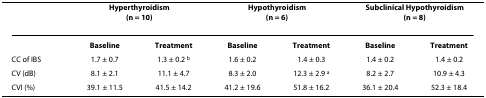
<table><thead><tr><td></td><td colspan="2"><b>Hyperthyroidism(n = 10)</b></td><td colspan="2"><b>Hypothyroidism(n = 6)</b></td><td colspan="2"><b>Subclinical Hypothyroidism(n = 8)</b></td></tr></thead><tbody><tr><td></td><td><b>Baseline</b></td><td><b>Treatment</b></td><td><b>Baseline</b></td><td><b>Treatment</b></td><td><b>Baseline</b></td><td><b>Treatment</b></td></tr><tr><td>CC of IBS</td><td>1.7 ± 0.7</td><td>1.3 ± 0.2 <sup>b</sup></td><td>1.6 ± 0.2</td><td>1.4 ± 0.3</td><td>1.4 ± 0.2</td><td>1.4 ± 0.2</td></tr><tr><td>CV (dB)</td><td>8.1 ± 2.1</td><td>11.1 ± 4.7</td><td>8.3 ± 2.0</td><td>12.3 ± 2.9 <sup>a</sup></td><td>8.2 ± 2.7</td><td>10.9 ± 4.3</td></tr><tr><td>CVI (%)</td><td>39.1 ± 11.5</td><td>41.5 ± 14.2</td><td>41.2 ± 19.6</td><td>51.8 ± 16.2</td><td>36.1 ± 20.4</td><td>52.3 ± 18.4</td></tr></tbody></table>